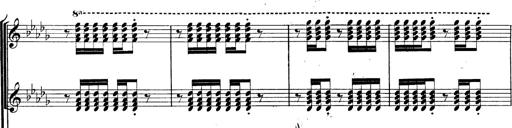
Title: BÃ©nÃ©diction et serment
Composer: Franz Liszt